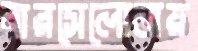
বারসেলোনায়